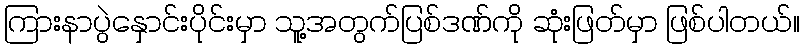
ကြားနာပွဲနှောင်းပိုင်းမှာ သူ့အတွက်ပြစ်ဒဏ်ကို ဆုံးဖြတ်မှာ ဖြစ်ပါတယ်။